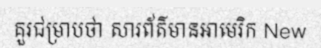
គួរជម្រាបថា សារព័ត៌មានអាមេរិក New